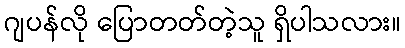
ဂျပန်လို ပြောတတ်တဲ့သူ ရှိပါသလား။